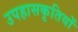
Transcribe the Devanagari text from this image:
उपहासकृतियों